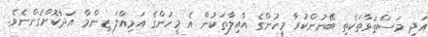
އަދި މަސްތުވާތަކެތި ބޭނުންކުރާ މީހުންގެ އާއިލާތަކުން އެ މީހުންގެ އަމިއްލަ ޒިންމާ އަދާކޮށްގެންނެވެ.